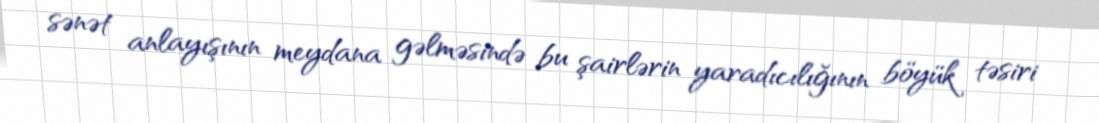
sənət anlayışının meydana gəlməsində bu şairlərin yaradıcılığının böyük təsiri